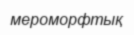
мероморфтық